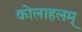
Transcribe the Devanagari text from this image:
कोलाहलम्